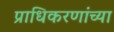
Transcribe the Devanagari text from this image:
प्राधिकरणांच्या